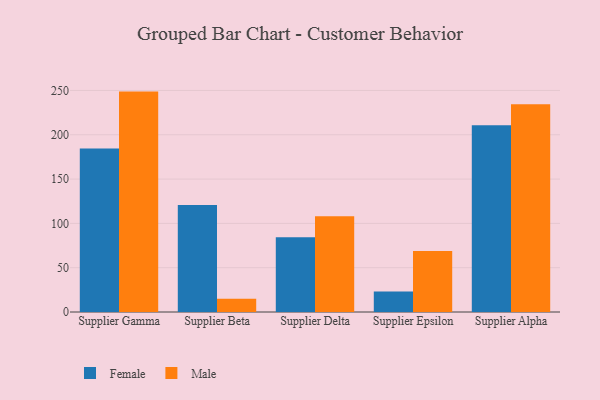
{"axis": {"x": "Supplier", "y": "Market Share (%)"}, "legend": ["Female", "Male"], "data": [{"x": "Supplier Gamma", "y": 184.5, "type": "Female"}, {"x": "Supplier Gamma", "y": 248.7, "type": "Male"}, {"x": "Supplier Beta", "y": 120.8, "type": "Female"}, {"x": "Supplier Beta", "y": 15.0, "type": "Male"}, {"x": "Supplier Delta", "y": 84.3, "type": "Female"}, {"x": "Supplier Delta", "y": 108.0, "type": "Male"}, {"x": "Supplier Epsilon", "y": 23.0, "type": "Female"}, {"x": "Supplier Epsilon", "y": 68.8, "type": "Male"}, {"x": "Supplier Alpha", "y": 210.7, "type": "Female"}, {"x": "Supplier Alpha", "y": 234.4, "type": "Male"}]}